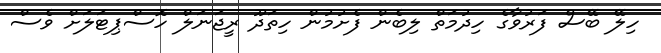
ހިލޭ ބޭސް ފަރުވާގެ ހިދުމަތް ލިބެން ފެށުމުން ހިތަދޫ ރީޖަނަލް ހޮސްޕިޓަލަށް ވެސް